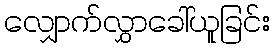
လျှောက်လွှာခေါ်ယူခြင်း